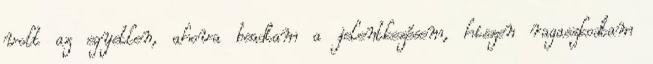
volt az egyetlen, ahova beadtam a jelentkezésem, hiszen ragaszkodtam